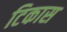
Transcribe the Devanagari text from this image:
टिकास